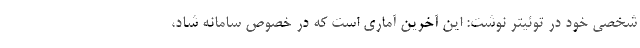
شخصی خود در توئیتر نوشت: این آخرین آماری است که در خصوص سامانه شاد،